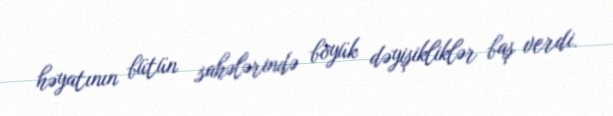
həyatının bütün sahələrində böyük dəyişikliklər baş verdi.